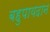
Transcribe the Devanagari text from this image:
बहुपायदान